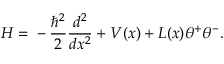
H = { } - \frac { \hbar ^ { 2 } } { 2 } \frac { d ^ { 2 } } { d x ^ { 2 } } + V ( x ) + L ( x ) \theta ^ { + } \theta ^ { - } .